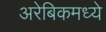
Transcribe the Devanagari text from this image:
अरेबिकमध्ये